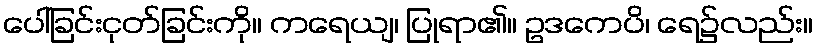
ပေါ်ခြင်းငုတ်ခြင်းကို။ ကရေယျ၊ ပြုရာ၏။ ဥဒကေပိ၊ ရေ၌လည်း။